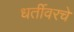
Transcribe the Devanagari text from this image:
धर्तीवरचे